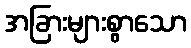
အခြားများစွာသော